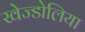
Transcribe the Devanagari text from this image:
खेज्डोलिया